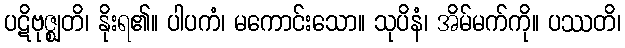
ပဋိဗုဇ္ဈတိ၊ နိုးရ၏။ ပါပကံ၊ မကောင်းသော။ သုပိနံ၊ အိမ်မက်ကို။ ပဿတိ၊